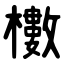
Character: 櫢